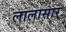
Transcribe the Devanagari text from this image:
लालासार